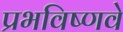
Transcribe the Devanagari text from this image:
प्रभविष्णवे